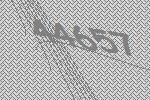
44657